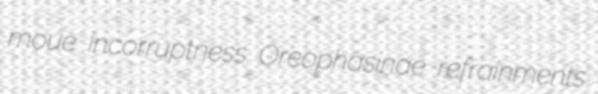
moue incorruptness Oreophasinae refrainments